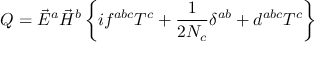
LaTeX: { \cal Q } = \vec { E } ^ { a } \vec { H } ^ { b } \left\{ i f ^ { a b c } T ^ { c } + \frac { 1 } { 2 N _ { c } } \delta ^ { a b } + d ^ { a b c } T ^ { c } \right\}